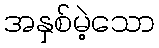
အနှစ်မဲ့သော